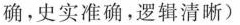
确。史实准确，逻辑清晰)